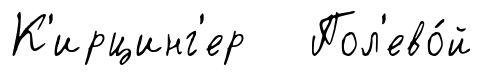
К'ирцинг'ер Пол'ево́й